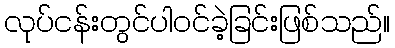
လုပ်ငန်းတွင်ပါဝင်ခဲ့ခြင်းဖြစ်သည်။